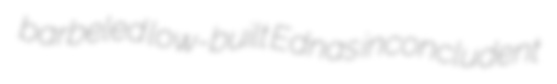
barbeled low-built Ednas inconcludent